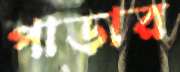
পাড়ার